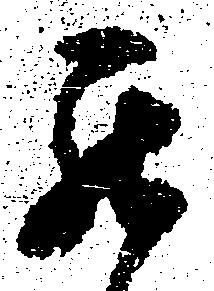
罷